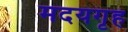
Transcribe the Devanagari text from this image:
मदयगृह